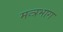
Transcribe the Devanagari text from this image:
मन्त्रभाग